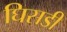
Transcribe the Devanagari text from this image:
घिसडी